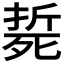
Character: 𣩂